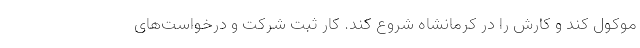
موکول کند و کارش را در کرمانشاه شروع کند. کار ثبت شرکت و درخواست‌های